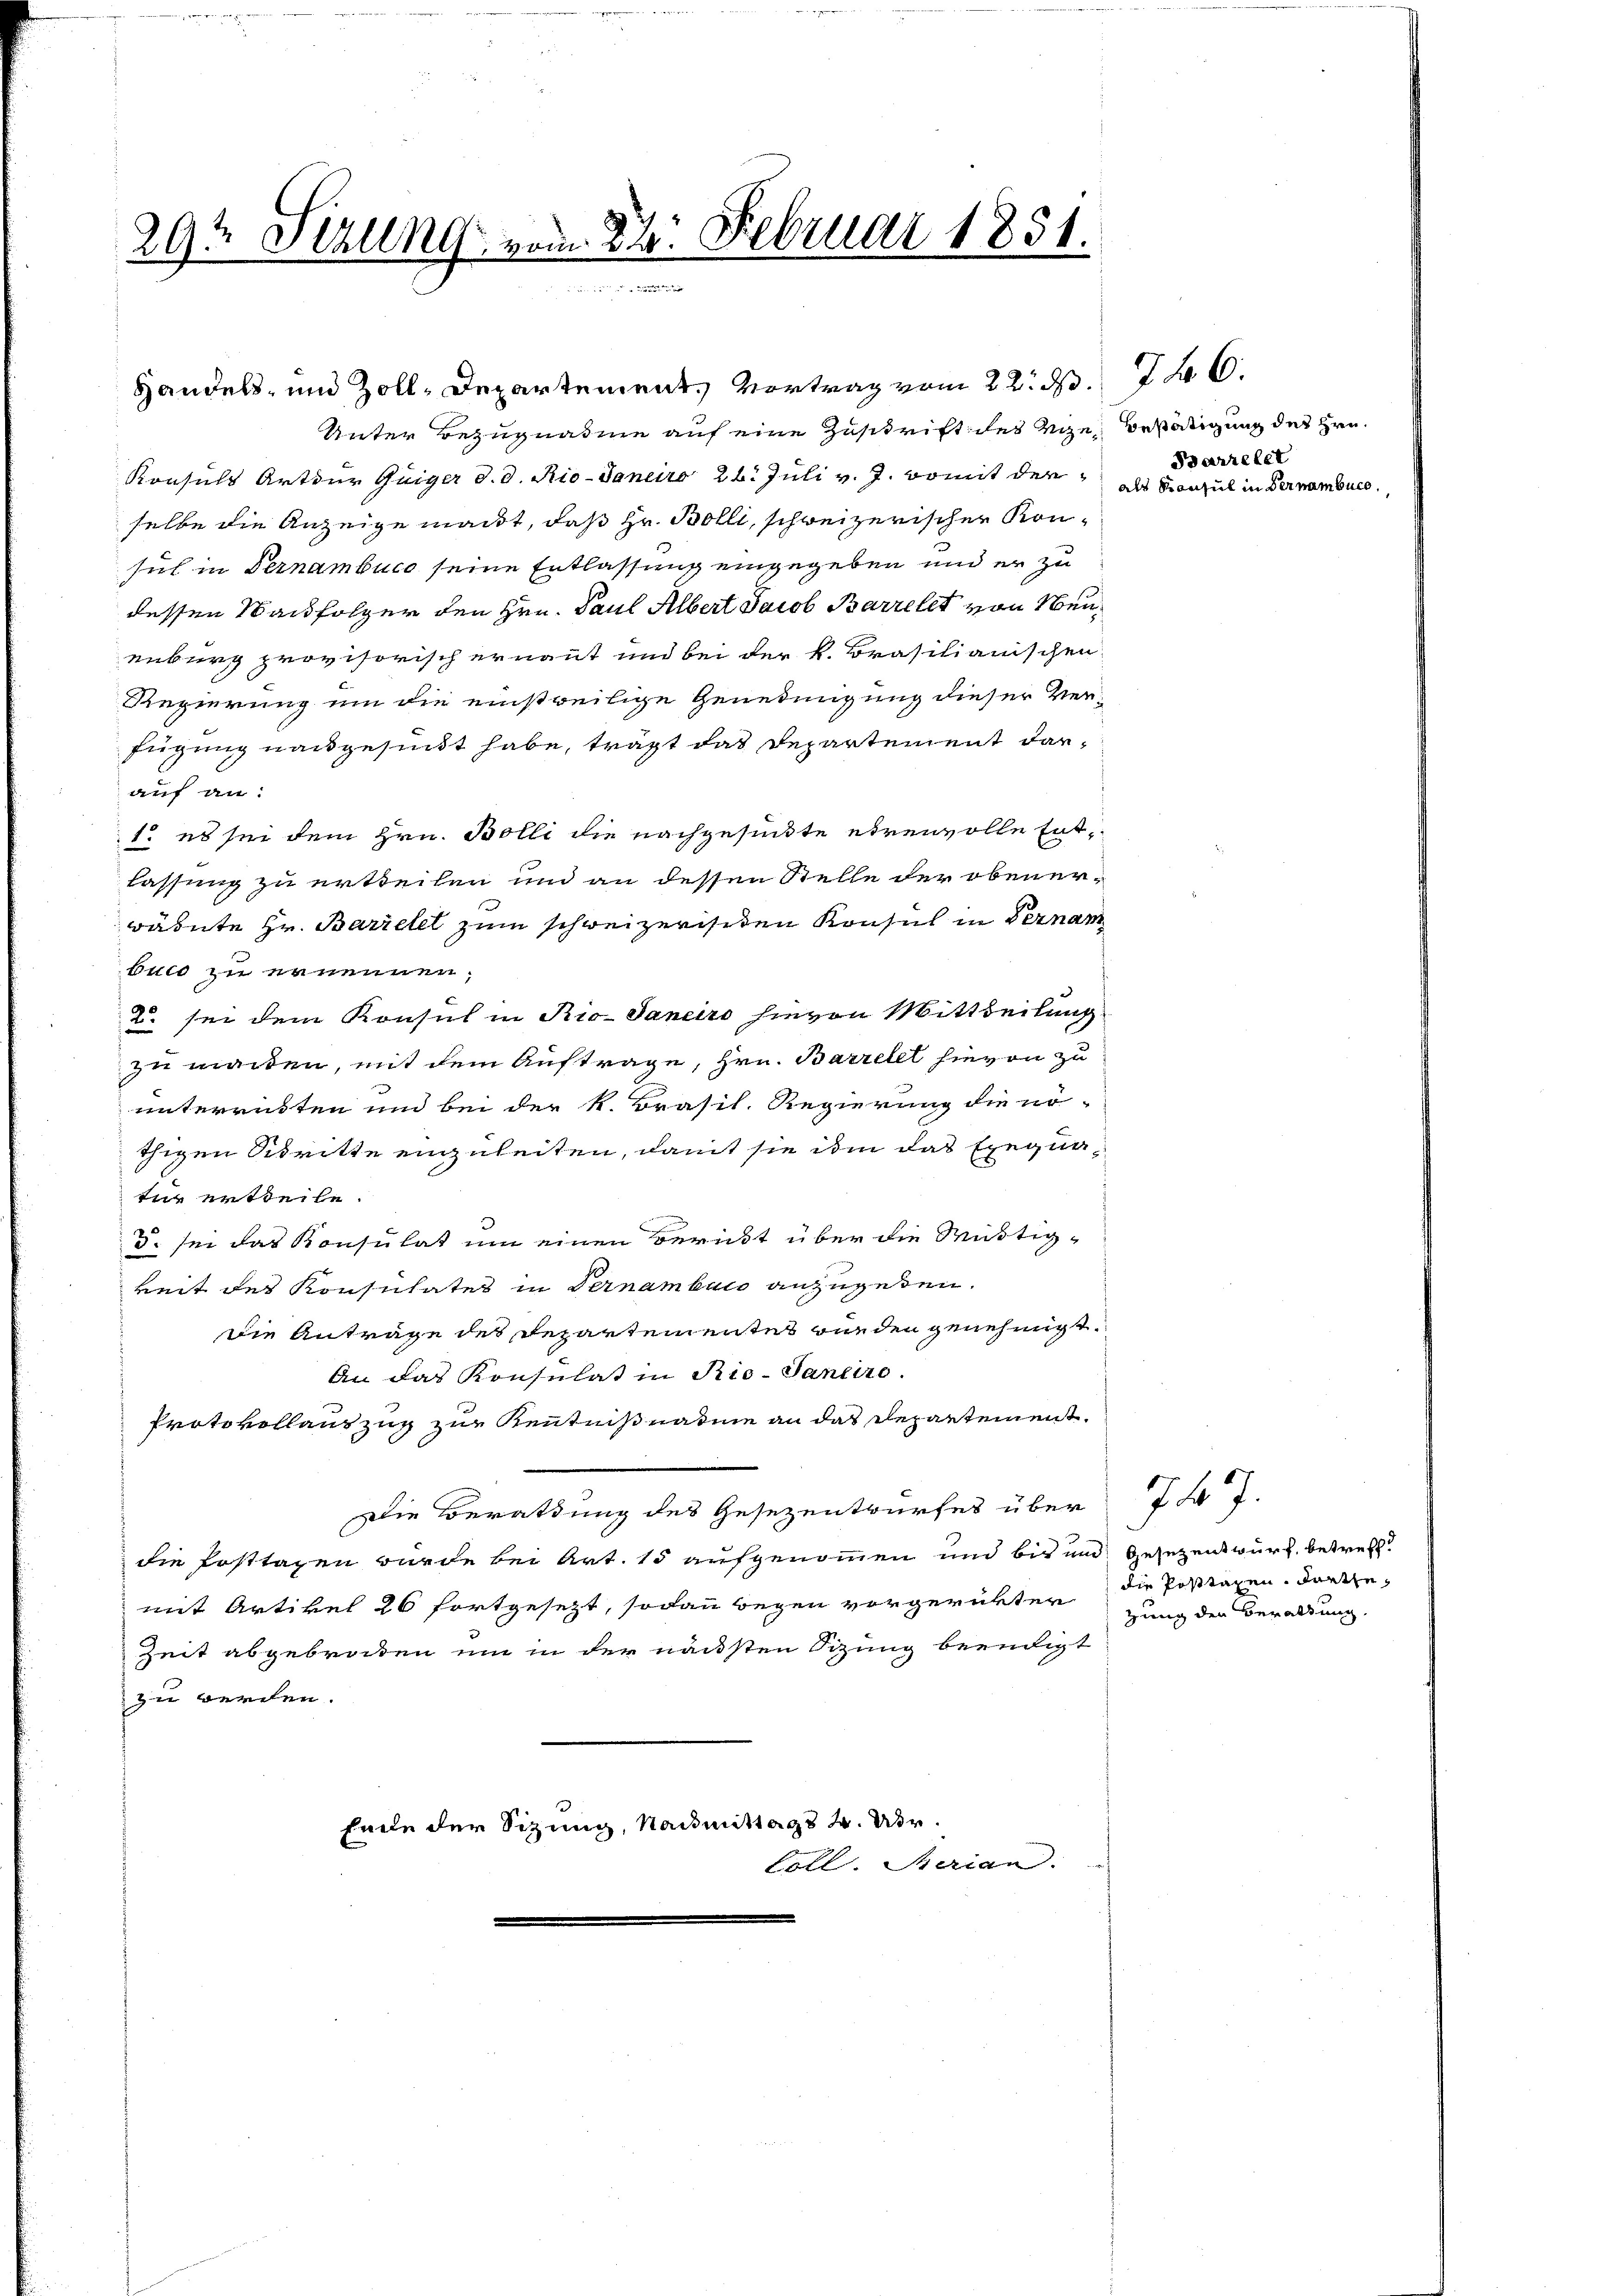
29t Sezung vom 22. Februar 1851.

Handels- und Zoll-Departement, Vortrag vom 22. d. 6.

Unter Bezugnahme auf eine Zuschrift des Vize, Bestätigung des Hrn.
Konsuls Art der Guiger d. d. Rio-Janeiro 26. Juli v. J. womit der
selbe die Anzeige macht, daß Hr. Bolli, schweizerischer Konsul in Vernambuce seine Entlassung eingegeben und er zu
dessen Nachfolger den Hrn. Paul Albert Jacob Barrelet von Neuenburg provisorisch ernannt und bei der k. Brasilianischen
Regierung um die einstweilige Genedingung dieser Verfügung nangesundt habe, trägt das Departement darauf an:
1. es sei dem Hrn. Bolli die nachgesundte etwanvolle Entlassung zu ertheilen und an dessen Stelle der obenerärnte Hr. Barrelel zum schweizerischen Konsul in Vernam
buch zu ernennen;
2. sei dem Konsul in Rio-Janeiro hievon Mittheilung
zu machen, mit dem Auftrage, Hrn. Barrelet hievon zu
unterrütten und bei der k. Brasil. Regierung die nö-
thigen Sitritte einzuleiten, damit sie ihm das Exequa-
tur ertheile.
5. sei das Konsulat um einen Bericht über die Müttigkeit des Konsulates in Vernamburg anzugeben.
Die Anträge des Departementes wurden genehmigt.
An das Konsulat in Rio-Janeire.
Protokollauszug zur Kenntnißnahme an das Departement.
Die Berathung des Gesezentwurfes über
die Posttagen wurde bei Art. 15 aufgenommen und bis und Gesetzentwurf, betreffmit Artikel 26 fortgesetzt, sodann begen vorgerückter
Zeit abgebraten um in der nächsten Sizung beendigt
zu werden.
heele der Sitzung, Nachmittag 4. Uhr.
Coll. Serian.

dparzelet
als Konsul in Vernambuc

die Posttaxen, darthezung den Berattung.

74. 7.